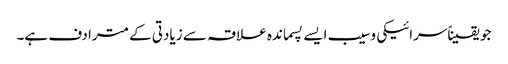
جو یقیناًسرائیکی وسیب ایسے پسماندہ علاقہ سے زیادتی کے مترادف ہے۔